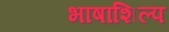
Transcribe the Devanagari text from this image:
भाषाशिल्प